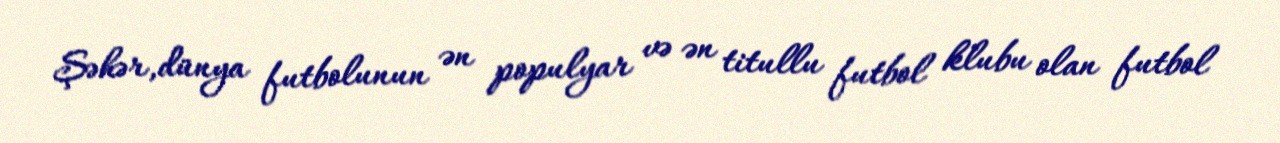
Şəhər,dünya futbolunun ən populyar və ən titullu futbol klubu olan futbol